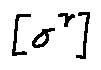
[ \sigma ^ { \gamma } ]